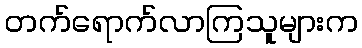
တက်ရောက်လာကြသူများက